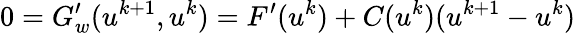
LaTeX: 0=G_{w}^{\prime}(u^{k+1},u^{k})=F^{\prime}(u^{k})+C(u^{k})(u^{k+1}-u^{k})